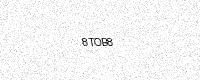
Text: 8TOB8